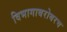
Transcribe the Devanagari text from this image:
विभागाबरोबरच